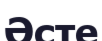
Әсте